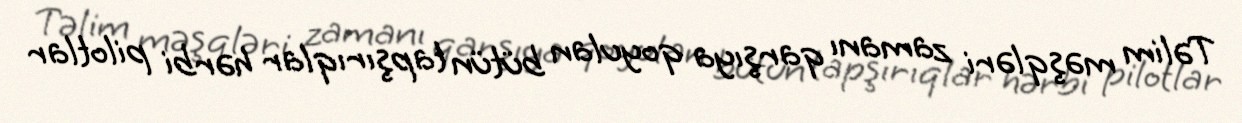
Təlim məşqləri zamanı qarşıya qoyulan bütün tapşırıqlar hərbi pilotlar